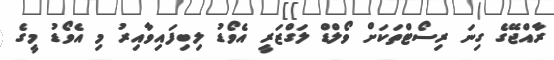
ރާއްޖޭގެ ގިނަ ރިސޯޓްތަކަށް ވޯލްޑް ލަގްޒަރީ އެވޯޑު ލިބިފައިވާއިރު މި އެވޯޑު މީގެ